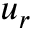
u _ { r }